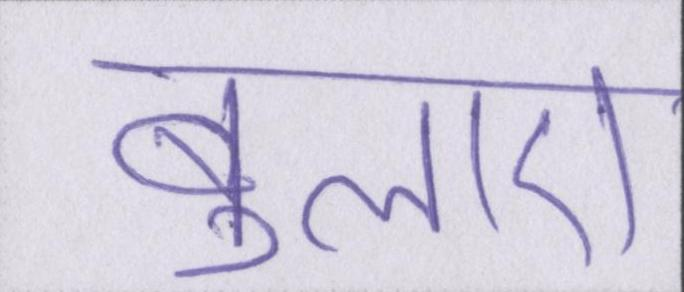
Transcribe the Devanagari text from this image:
बुलाए